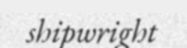
shipwright